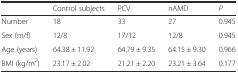
<table><thead><tr><td></td><td><b>Control subjects</b></td><td><b>PCV</b></td><td><b>nAMD</b></td><td><b><i>P</i></b></td></tr></thead><tbody><tr><td>Number</td><td>18</td><td>33</td><td>27</td><td>0.945</td></tr><tr><td>Sex (m/f)</td><td>12/8</td><td>17/12</td><td>12/8</td><td>0.945</td></tr><tr><td>Age (years)</td><td>64.38 ± 11.92</td><td>64.79 ± 9.35</td><td>64.15 ± 9.30</td><td>0.966</td></tr><tr><td>BMI (kg/m<sup>2</sup>)</td><td>23.17 ± 2.02</td><td>21.21 ± 2.20</td><td>23.21 ± 3.64</td><td>0.177</td></tr></tbody></table>